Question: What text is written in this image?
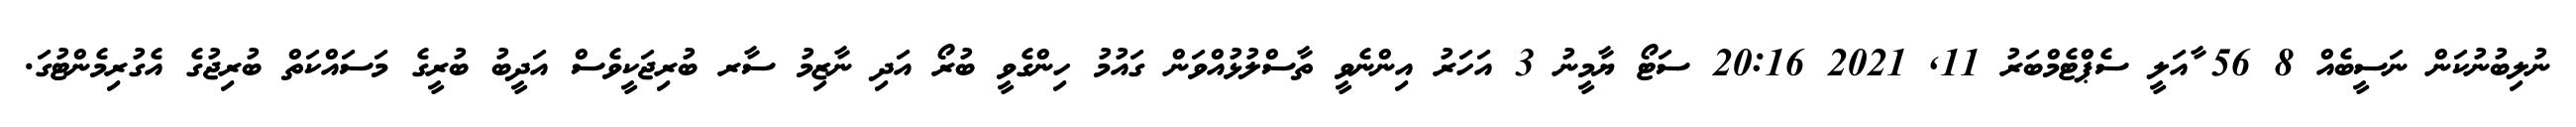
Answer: ނުލިބުނުކަން ނަސީބެއް 8 56 ާއަލީ ސެޕްޓެމްބަރު 11, 2021 20:16 ސަޓޯ ޔާމީނު 3 އަހަރު އިންނެވީ ތާސްލުޅުއްވަން ގައުމު ހިންގެވީ ބުރޯ އަދި ނާޒިމު ސާރ ބުރިޖަކީވެސް އަދީބު ބުރީގެ މަސައްކަތް ބުރިޖުގެ އެގުރިމެންޓުގަ.